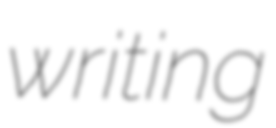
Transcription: writing